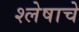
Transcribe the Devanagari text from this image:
श्लेषाचे